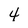
Character: 4